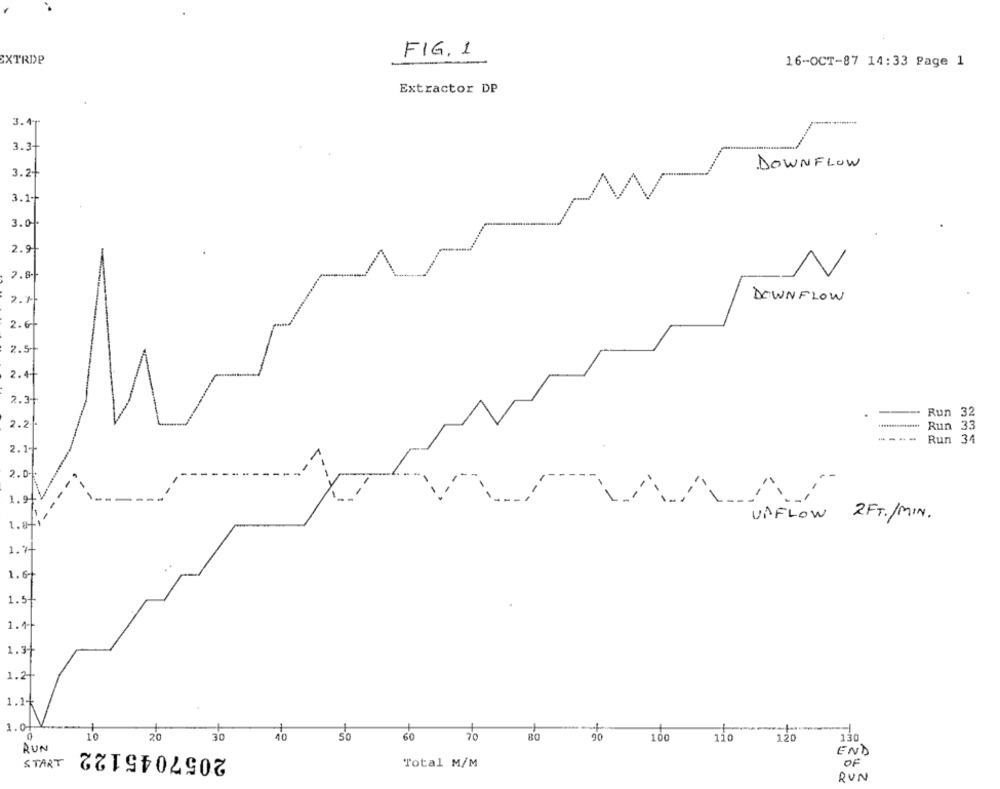
FIG. 1
XTRDP
16-OCT-87 14:33 Page 1
Extractor DP
3.41
3.3-
DOWNFLOW
3.2+
3.1-
3.04
2.9
2.8
2.1
DOWNFLOW
2.6-
2.5-
2.4-
2.3-
Run 32
2.2
Run 33
-.-
Run 34
2.1-
2.0
1.
VAFLOW 2FT./MIN.
1. af
1."
..
1.6
1. st
1.1-
1.3+
1.2+
1.1+
1.01
10
20
20
30
50
60
BO
90
100
110
120
130
RUN
2057045122
END
START
Total M/M
OF
RUN